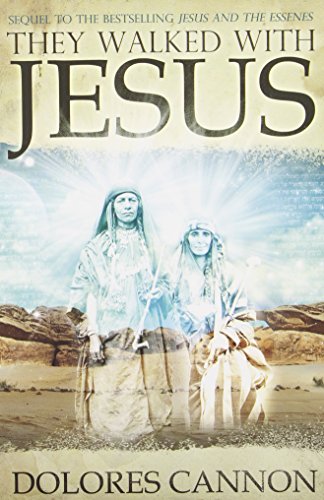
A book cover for They Walked with Jesus: Past Life Experiences with Christ; Dolores Cannon; Religion & Spirituality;